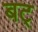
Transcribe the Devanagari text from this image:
बट्